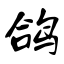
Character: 鸽